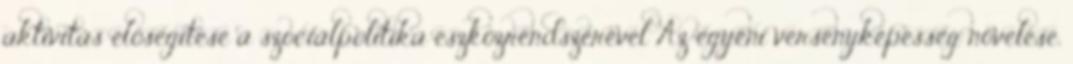
aktivitás elősegítése a szociálpolitika eszközrendszerével Az egyéni versenyképesség növelése,